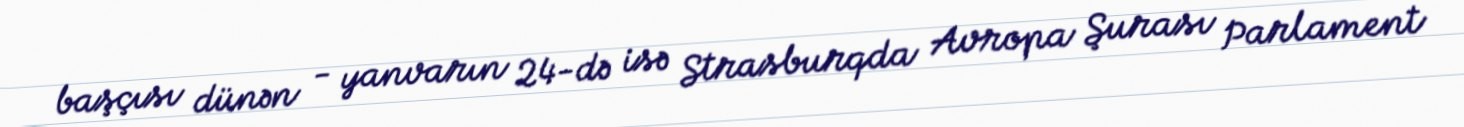
başçısı dünən - yanvarın 24-də isə Strasburqda Avropa Şurası Parlament